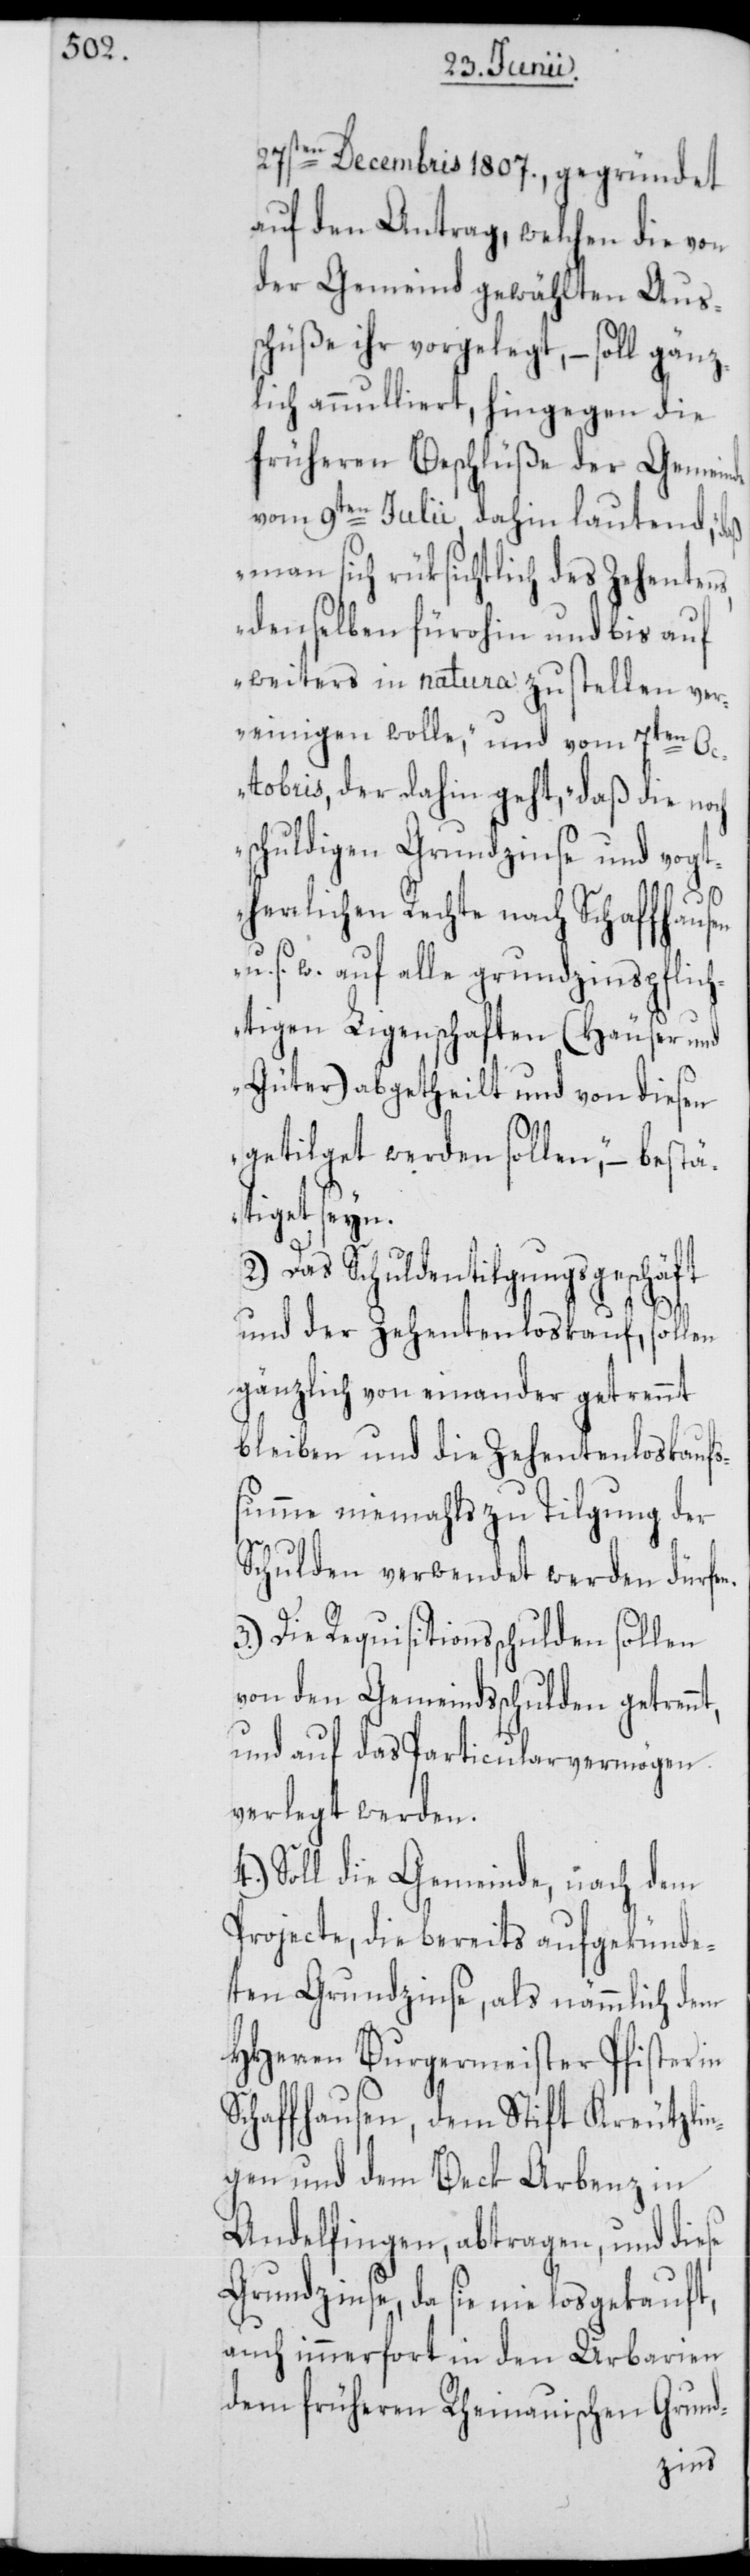
27sten Decembris 1807., gegründet
auf den Antrag, welchen die von
der Gemeind gewählten Aus¬
schüße ihr vorgelegt, – soll gänz¬
lich annulliert, hingegen die
früheren Beschlüße der Gemeinde
vom 9ten Julii dahin lautend, „daß
man sich rüksichtlich des Zehentens,
denselben fürohin und bis auf
weiters in natura zu stellen ver¬
einigen wolle“, und vom 7ten Oc¬
tobris, der dahin geht, „daß die noch
schuldigen Grundzinse und vogt¬
herrlichen Rechte nach Schaffhausen
s. w. auf alle grundzinspflich¬
tigen Ligenschaften (Häuser und
Güter) abgetheilt und von diesen
getilget werden sollen“, – bestä¬
tiget seyn.
2.) Das Schuldentilgungsgeschäft
und der Zehentenloskauf, sollen
gänzlich von einander getrennt
bleiben und die Zehentenloskaufs¬
summe niemahls zu Tilgung der
Schulden verwendet werden dürfen.
3.) Die Requisitionsschulden sollen
von den Gemeindsschulden getrennt,
und auf das Particularvermögen
verlegt werden.
4.) Soll die Gemeinde, nach dem
Projecte, die bereits aufgekünde¬
ten Grundzinse, als nämmlich dem
HHerren Burgermeister Pfister in
Schaffhausen, dem Stift Kreutzlin¬
gen und dem Beck Arbenz in
Andelfingen, abtragen, und diese
Grundzinse, da sie nie losgekauft,
auch immerfort in den Urbarien
dem früheren Rheinauischen Grund-